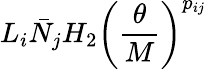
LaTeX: L_{i}\bar{N}_{j}H_{2}\left(\frac{\theta}{M}\right)^{p_{ij}}